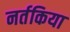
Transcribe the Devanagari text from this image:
नर्तकिया